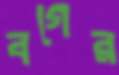
বগের